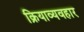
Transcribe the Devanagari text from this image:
क्रियाव्यवहार